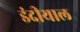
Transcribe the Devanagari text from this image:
डंदीयाल